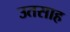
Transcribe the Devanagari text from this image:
उतसाह